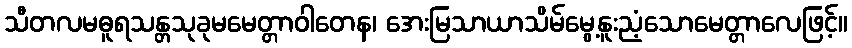
သီတလမဓူရသန္တသုခုမမေတ္တာဝါတေန၊ အေးမြသာယာသိမ်မွေ့နူးညံ့သောမေတ္တာလေဖြင့်။